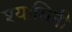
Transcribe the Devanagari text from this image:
श्यामिनी